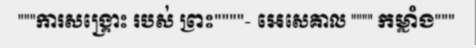
"""ការសង្គ្រោះ របស់ ព្រះ""""- អេសេគាល """" កម្លាំង"""